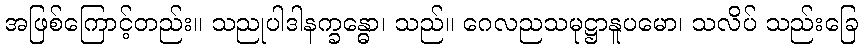
အဖြစ်ကြောင့်တည်း။ သညုပါဒါနက္ခန္ဓော၊ သည်။ ဂေလညသမုဋ္ဌာနူပမော၊ သလိပ် သည်းခြေ